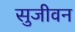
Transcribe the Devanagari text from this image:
सुजीवन